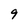
Character: 9